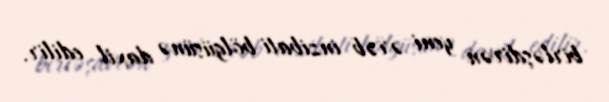
birləşdirən yeni ərəb inzibati bölgüsünə daxil edilir.